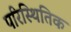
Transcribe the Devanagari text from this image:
परिस्थितिक